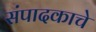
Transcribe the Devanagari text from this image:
संपादकाचे